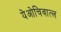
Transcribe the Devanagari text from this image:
येओचिवात्ल